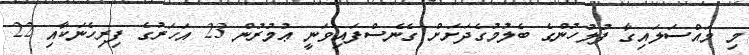
މި މައްސަލައިގާ ފުލުހުންގެ ބެލުމުގެދަށަށް ގެނެސްފައިވަނީ ޢުމުރުން 23 އަހަރުގެ ފިރިހެނަކާއި 22